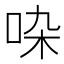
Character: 𠱞